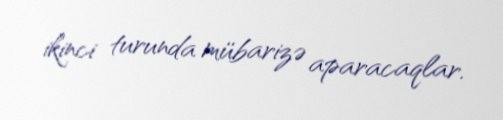
ikinci turunda mübarizə aparacaqlar.